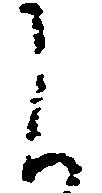
し